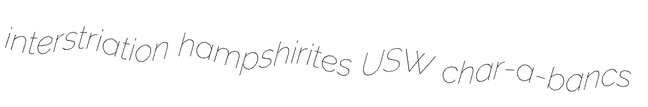
interstriation hampshirites USW char-a-bancs